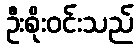
ဦးစိုးဝင်းသည်